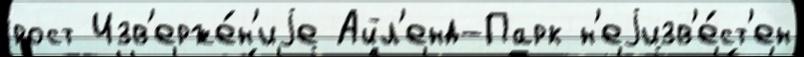
рост Изв'ерже́н'иjе Айл'енд-Парк н'еjизв'е́ст'ен